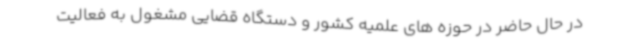
در حال حاضر در حوزه های علمیه کشور و دستگاه قضایی مشغول به فعالیت